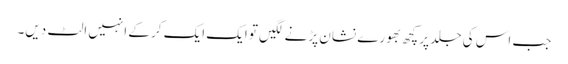
جب اس کی جلد پر کچھ بھورے نشان پڑنے لگیں تو ایک ایک کر کے انہیں الٹ دیں۔